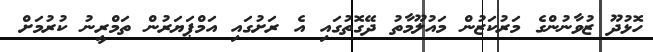
ހޮޅުދޫ ޒުވާނުންގެ މަރުކަޒުން މައުލޫމާތު ދޭގޮތުގައި އެ ރަށުގައި އަމްޕަޔަރުން ތަމްރީނު ކުރުމަށް